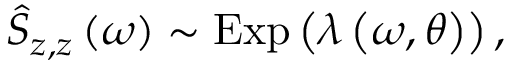
\widehat { S } _ { z , z } \left( \omega \right) \sim \mathrm { E x p } \left( \lambda \left( \omega , \boldsymbol { \theta } \right) \right) ,